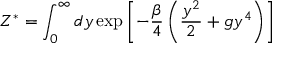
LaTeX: Z ^ { * } = \int _ { 0 } ^ { \infty } d y \exp \left[ - \frac { \beta } { 4 } \left( \frac { y ^ { 2 } } { 2 } + g y ^ { 4 } \right) \right]